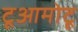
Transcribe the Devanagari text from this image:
टूआमोटू